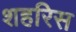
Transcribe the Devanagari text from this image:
शहरिस